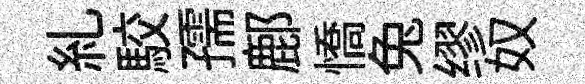
糺駮孺鄜憍兔缪奴